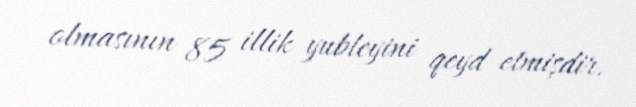
olmasının 85 illik yubleyini qeyd etmişdir.